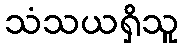
သံသယရှိသူ